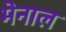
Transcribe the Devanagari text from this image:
मेनाल